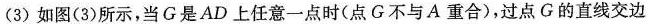
(3) 如图(3)所示，当 G 是 AD 上任意一点时( 点 G 不与 A 重合 )，过点 G 的直线交边